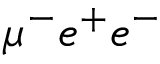
\mu ^ { - } e ^ { + } e ^ { - }